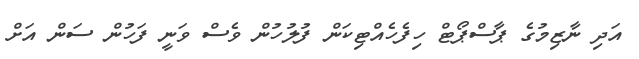
އަދި ނާޒިމުގެ ޕާސްޕޯޓް ހިފެހެއްޓިކަން ފުލުހުން ވެސް ވަނީ ފަހުން ސަން އަށް